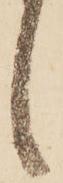
候